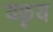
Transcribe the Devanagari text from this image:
यकृय